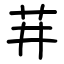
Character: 𬜣